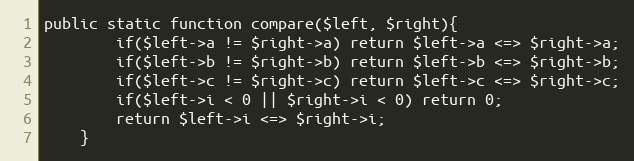
Language: PHP
public static function compare($left, $right){
		if($left->a != $right->a) return $left->a <=> $right->a;
		if($left->b != $right->b) return $left->b <=> $right->b;
		if($left->c != $right->c) return $left->c <=> $right->c;
		if($left->i < 0 || $right->i < 0) return 0;
		return $left->i <=> $right->i;
	}